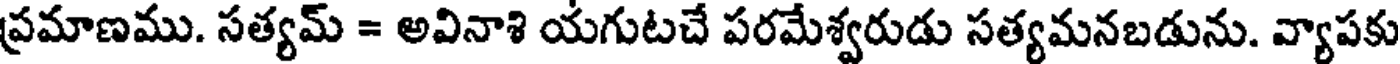
ప్రమాణము. సత్యమ్ = అవినాశి యగుటచే పరమేశ్వరుడు సత్యమనబడును. వ్యాపకు